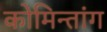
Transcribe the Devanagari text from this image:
कोमिन्तांग